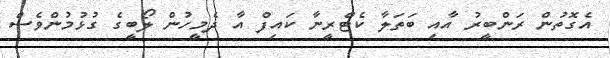
އެގޮތުން ރަންބީރު އާއި ބަތަލާ ކެޓްރީނާ ކައިފް އާ ދެމީހުން ލޯބީގެ ގުޅުމުންވެސް